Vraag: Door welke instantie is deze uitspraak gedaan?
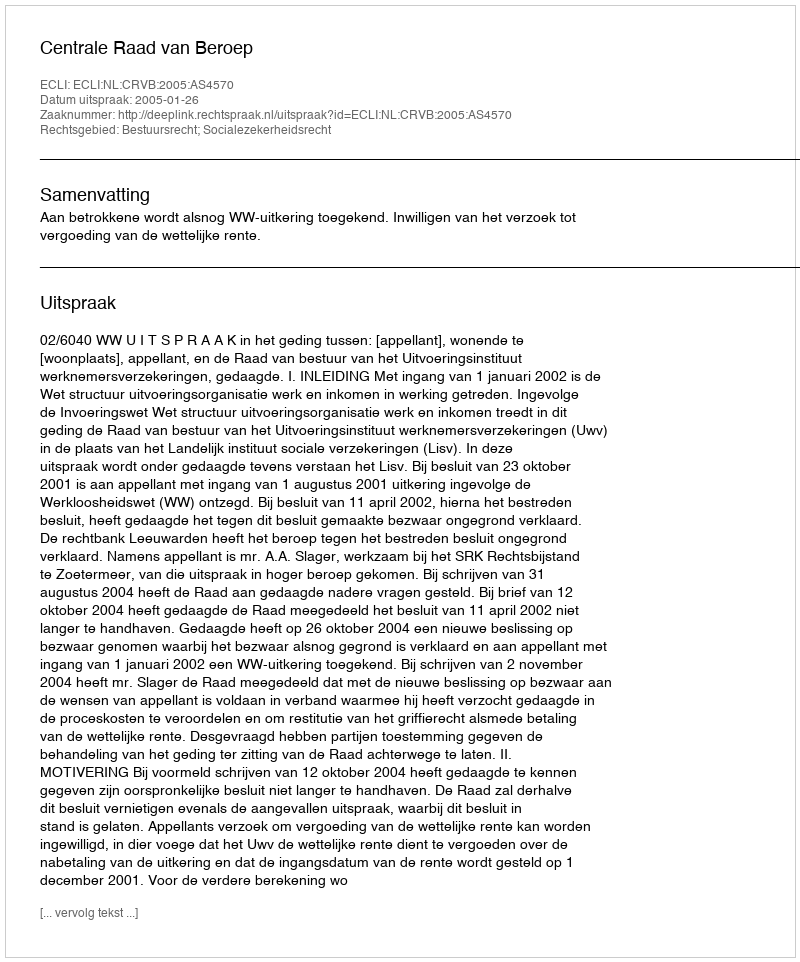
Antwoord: Centrale Raad van Beroep